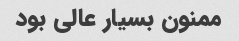
ممنون بسیار عالی بود